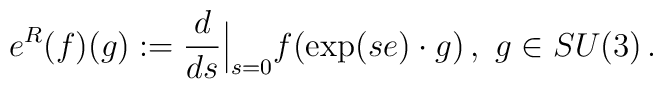
e^R(f)(g) := \frac d{ds}{\Big |}_{s=0} f(\exp (se)\cdot g) \, , \,\, g \in SU(3) \, .